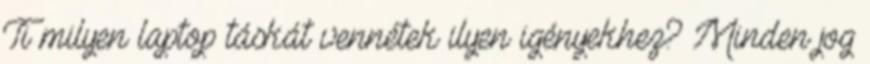
Ti milyen laptop táskát vennétek ilyen igényekhez? Minden jog